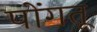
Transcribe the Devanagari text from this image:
पोंगतू